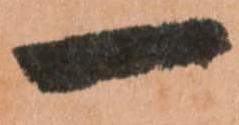
一